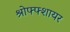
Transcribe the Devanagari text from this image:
श्रोफ्फ्शायर